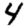
Digit: 4